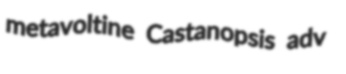
metavoltine Castanopsis adv